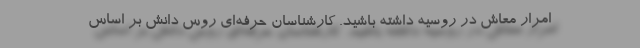
امرار معاش در روسیه داشته باشید. کارشناسان حرفه‌ای روس دانش بر اساس